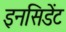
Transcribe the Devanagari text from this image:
इनसिडेंट